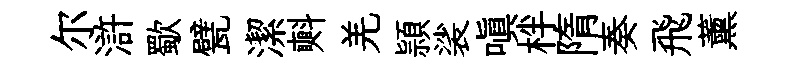
尔滸歜甓潔㪺羌頴裟嗔柈隋奏飛薰